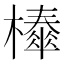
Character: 𣞜